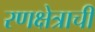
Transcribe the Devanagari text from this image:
रणक्षेत्राची